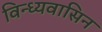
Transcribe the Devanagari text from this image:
विन्ध्यवासिन